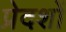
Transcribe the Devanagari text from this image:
प्रेदशों